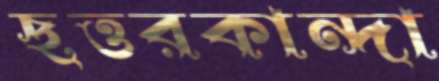
ছত্তরকান্দা